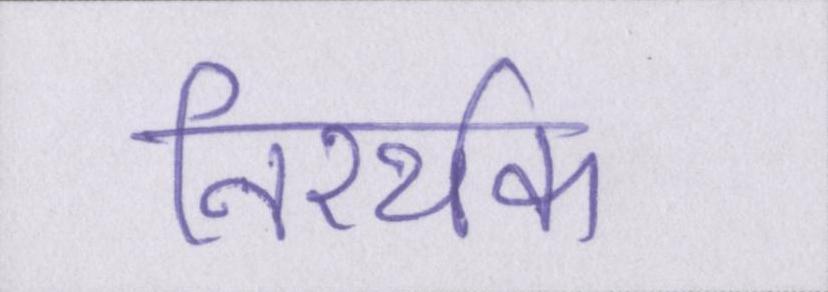
निरर्थक